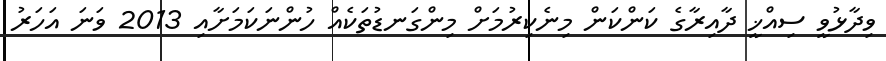
ވިދާޅުވީ ސިއްޚީ ދާއިރާގެ ކަންކަން މިނެކިރުމަށް މިންގަނޑުތަކެއް ހުންނަކަމަށާއި 2013 ވަނަ އަހަރު